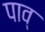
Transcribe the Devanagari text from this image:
पाव्